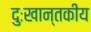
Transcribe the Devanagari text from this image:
दुःखान्तकीय